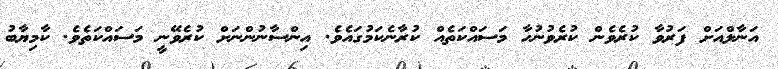
އަނާލްއަށް ފަރުވާ ކުރެވެން ކުރެވުނުހާ މަސައްކަތެއް ކުރާނެކަމުގައެވެ. އިންސާނުންނަށް ކުރެވޭނީ މަސައްކަތެވެ. ކާމިޔާބު